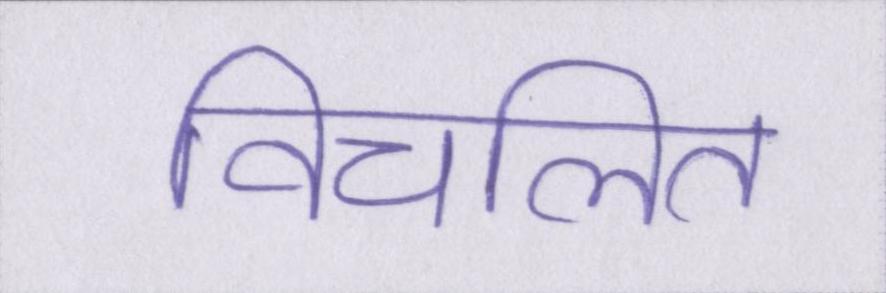
विचलित